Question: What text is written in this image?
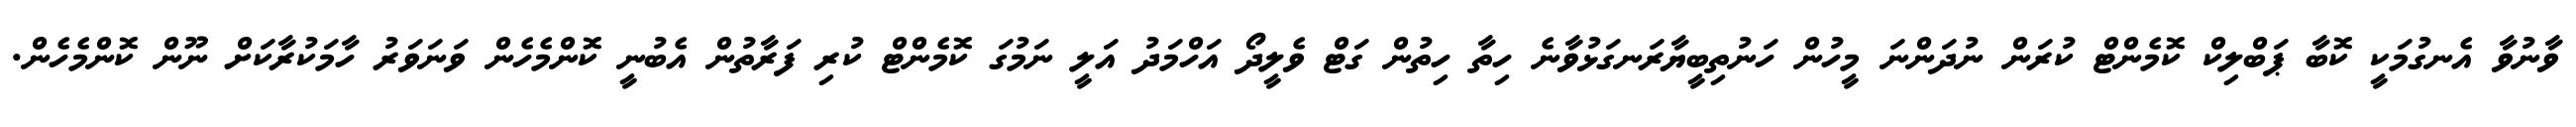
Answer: ވާނުވާ އެނގުމަކީ ކޮބާ ޕަބްލިކް ކޮމެންޓް ކުރަން ނުދަންނަ މީހުން ހަނުތިބީޔާރަނގަޅުވާނެ ހިތާ ހިތުން ގަޓް ވެލީދޯ އަހްމަދު އަލީ ނަމުގަ ކޮމެންޓް ކުރި ފަރާތުން އެބުނީ ކޮންމެހެން ވަނަވަރު ހާމަކުރާކަށް ނޫން ކޮންމެހެން.